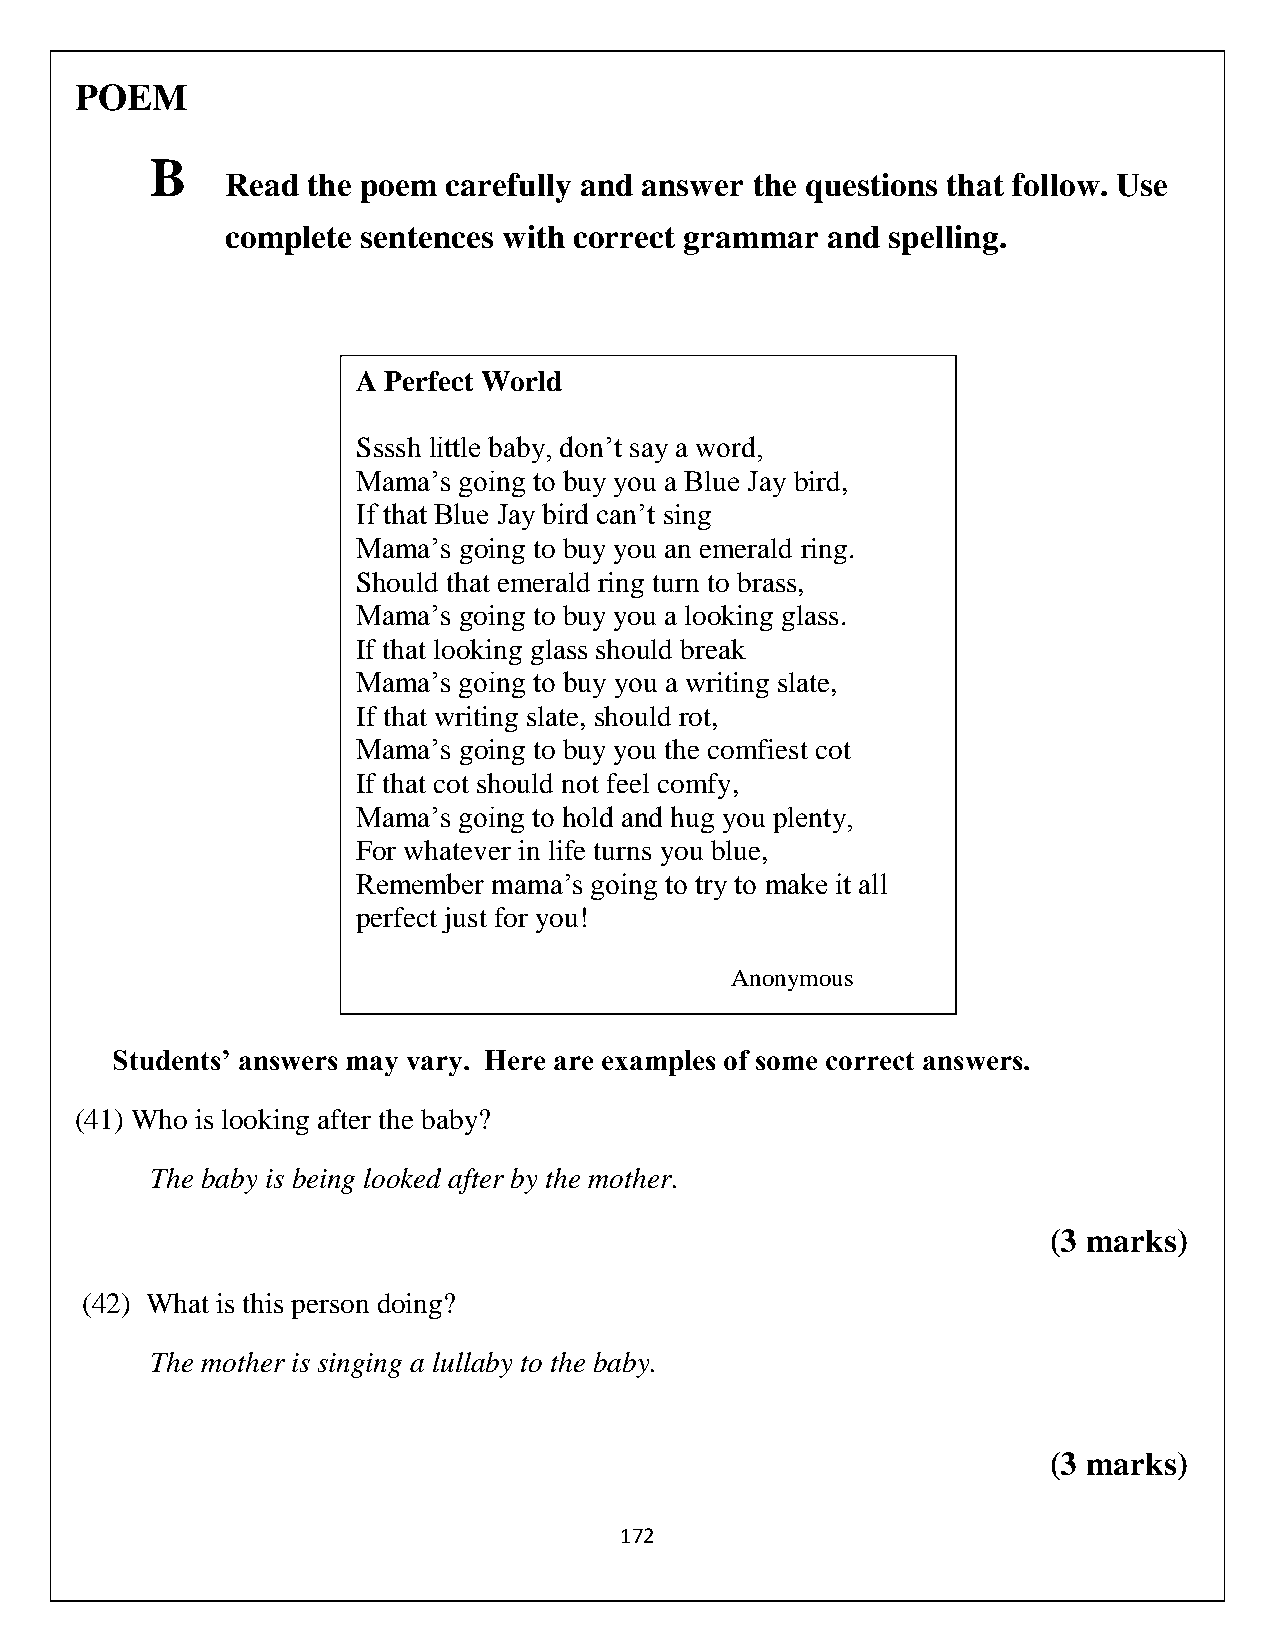
POEM
 B
 Read the poem  carefully and answer the questions that follow. Use
 complete sentences with correct grammar and spelling.
 A Perfect World
 Ssssh little baby, don’t say a word,
 Mama’s going to buy you a Blue Jay bird,
 If that Blue Jay bird can’t sing
 Mama’s going to buy you an emerald ring.
 Should that emerald ring turn to brass,
 Mama’s going to buy you a looking glass.
 If that looking glass should break
 Mama’s going to buy you a writing slate,
 If that writing slate, should rot,
 Mama’s going to buy you the comfiest cot
 If that cot should not feel comfy,
 Mama’s going to hold and hug you plenty,
 For whatever in life turns you blue,
 Remember mama’s going to try to make it all
 perfect just for you!
 Anonymous
 Students’ answers may vary. Here are examples of some correct answers.
 (41) Who is looking after the baby?
 The baby is being looked after by the mother.
 (3 marks)
 (42) What is this person doing?
 The mother is singing a lullaby to the baby.
 (3 marks)
 172